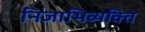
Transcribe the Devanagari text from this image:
निजाभिव्यक्ति